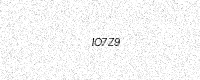
Text: IO7Z9